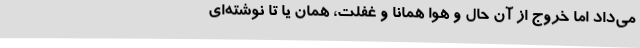
می‌داد اما خروج از آن حال و هوا همانا و غفلت، همان یا تا نوشته‌ای